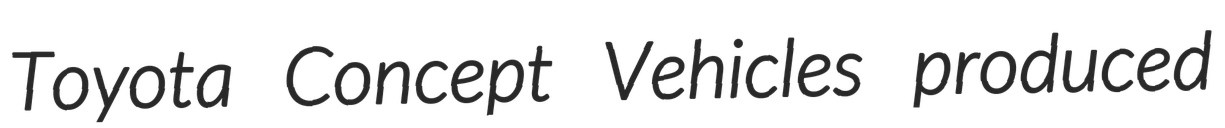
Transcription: Toyota Concept Vehicles produced